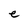
Character: e